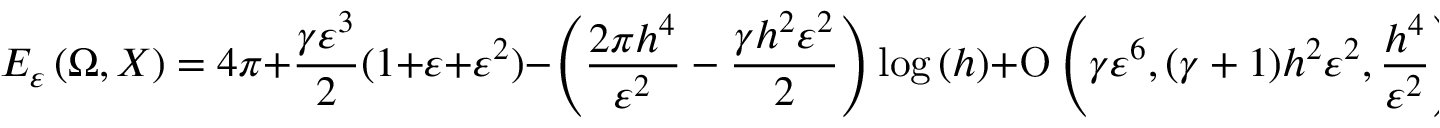
E _ { \varepsilon } \left( \Omega , X \right) = 4 \pi + \frac { \gamma \varepsilon ^ { 3 } } { 2 } ( 1 + \varepsilon + \varepsilon ^ { 2 } ) - \left( \frac { 2 \pi h ^ { 4 } } { \varepsilon ^ { 2 } } - \frac { \gamma h ^ { 2 } \varepsilon ^ { 2 } } { 2 } \right) \log { ( h ) } + \ensuremath { \operatorname { O } \left( \gamma \varepsilon ^ { 6 } , ( \gamma + 1 ) h ^ { 2 } \varepsilon ^ { 2 } , \frac { h ^ { 4 } } { \varepsilon ^ { 2 } } \right) } ,